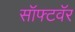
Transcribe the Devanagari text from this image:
सॉफ्टवॅर